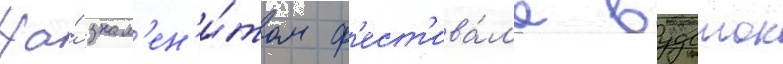
На́ знам'ен'и́том ф'ест'ива́л'е вудсток